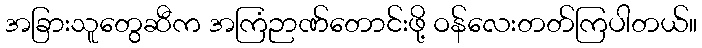
အခြားသူတွေဆီက အကြံဉာဏ်တောင်းဖို့ ဝန်လေးတတ်ကြပါတယ်။